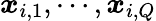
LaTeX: \boldsymbol{x}_{i,1},\cdots,\boldsymbol{x}_{{i,Q}}